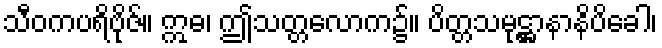
သီဝကပရိဗိုဇ်။ ဣဓ၊ ဤသတ္တလောက၌။ ပိတ္တသမုဋ္ဌာနာနိပိခေါ၊